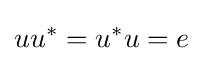
uu^{*}=u^{*}u=e